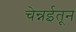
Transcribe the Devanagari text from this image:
चेन्नईतून